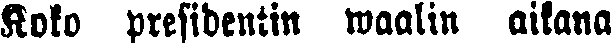
Koko presidentin waalin aikana